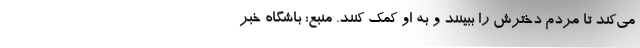
می‌کند تا مردم دخترش را ببینند و به او کمک کنند. منبع: باشگاه خبر